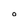
Character: O